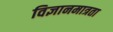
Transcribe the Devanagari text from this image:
विज्ञानमात्रता